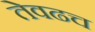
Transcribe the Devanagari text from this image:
तेवढच